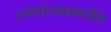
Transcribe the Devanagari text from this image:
रुग्णांच्याबाबतीत